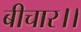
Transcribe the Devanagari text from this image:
बीचार।।